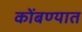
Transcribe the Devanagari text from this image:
कोंबण्यात